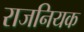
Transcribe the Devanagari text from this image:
राजनियक